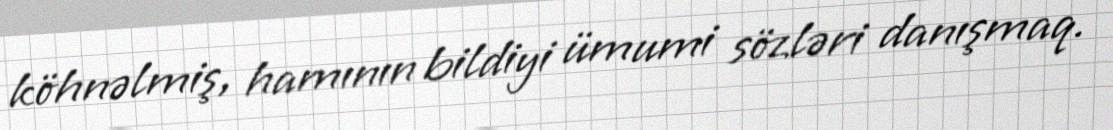
köhnəlmiş, hamının bildiyi ümumi sözləri danışmaq.